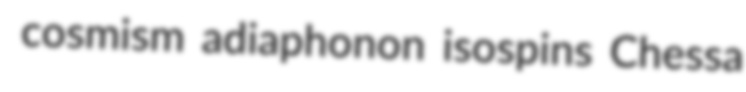
cosmism adiaphonon isospins Chessa